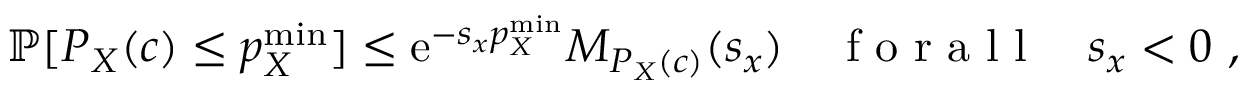
\mathbb { P } [ P _ { X } ( c ) \leq p _ { X } ^ { \mathrm { m i n } } ] \leq \mathrm { e } ^ { - s _ { x } p _ { X } ^ { \mathrm { m i n } } } M _ { P _ { X } ( c ) } ( s _ { x } ) \quad \mathrm { ~ f ~ o ~ r ~ a ~ l ~ l ~ } \quad s _ { x } < 0 ~ ,